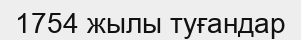
1754 жылы туғандар